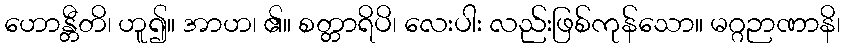
ဟောန္တီတိ၊ ဟူ၍။ အာဟ၊ ၏။ စတ္တာရိပိ၊ လေးပါး လည်းဖြစ်ကုန်သော။ မဂ္ဂဉာဏာနိ၊